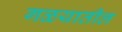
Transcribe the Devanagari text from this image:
गळयातील